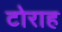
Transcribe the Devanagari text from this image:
टोराह